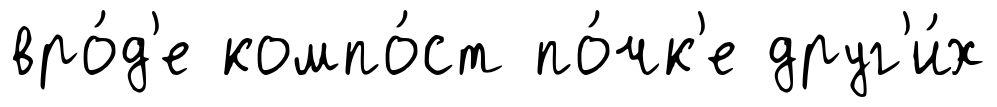
вро́д'е компо́ст по́чк'е друг'и́х